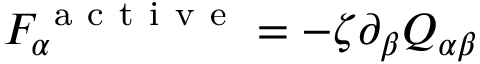
F _ { \alpha } ^ { \mathrm { ~ a ~ c ~ t ~ i ~ v ~ e ~ } } = - \zeta \partial _ { \beta } Q _ { \alpha \beta }